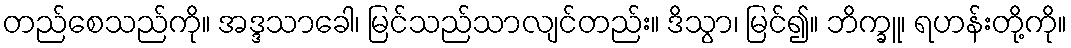
တည်စေသည်ကို။ အဒ္ဒသာခေါ၊ မြင်သည်သာလျင်တည်း။ ဒိသွာ၊ မြင်၍။ ဘိက္ခူ၊ ရဟန်းတို့ကို။